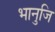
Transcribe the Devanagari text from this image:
भानुजि